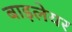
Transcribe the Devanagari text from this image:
बाइलेयर